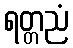
ရတ္တညံ